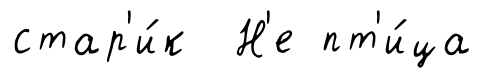
стар'и́к Н'е пт'и́ца